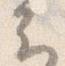
云